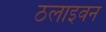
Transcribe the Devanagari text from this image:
ठलाइवन